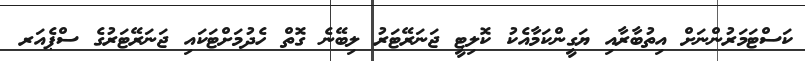
ކަސްޓަމަރުންނަށް އިތުބާރާއި ޔަގީންކަމާއެކު ކޮލިޓީ ޖަނަރޭޓަރު ލިބޭނެ ގޮތް ހެދުމަށްޓަކައި ޖަނަރޭޓަރުގެ ސްޕެއަރ